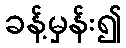
ခန့်မှန်း၍